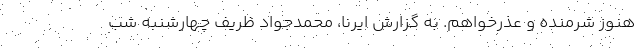
هنوز شرمنده و عذرخواهم. به گزارش ایرنا، محمدجواد ظریف چهارشنبه شب